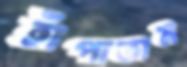
হাঁপাতাম